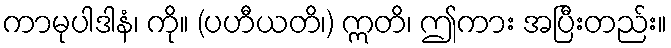
ကာမုပါဒါနံ၊ ကို။ (ပဟီယတိ၊) ဣတိ၊ ဤကား အပြီးတည်း။